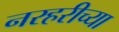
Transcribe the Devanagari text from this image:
नरहरीच्या